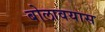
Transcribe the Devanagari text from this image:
बोलावयास